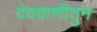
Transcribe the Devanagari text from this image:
देववाणीतुन